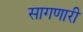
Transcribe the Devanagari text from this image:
सागणारी